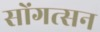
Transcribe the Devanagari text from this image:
सोंगत्सन